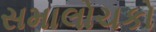
સમાલોચકો